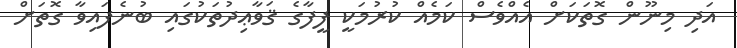
އަދި މިނޫން ގޮތަކަށް އެއްވެސް ކަމެއް ކުރުމަކީ ފީފާގެ ޤަވާޢިދުތަކުގައި ބުނެފައިވާ ގޮތަށް